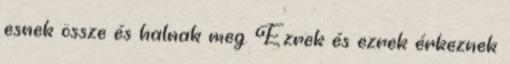
esnek össze és halnak meg. Ezrek és ezrek érkeznek